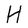
Character: H